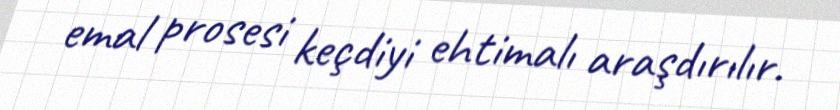
emal prosesi keçdiyi ehtimalı araşdırılır.